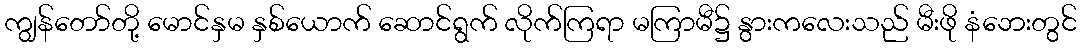
ကျွန်တော်တို့ မောင်နှမ နှစ်ယောက် ဆောင်ရွက် လိုက်ကြရာ မကြာမီ၌ နွားကလေးသည် မီးဖို နံဘေးတွင်